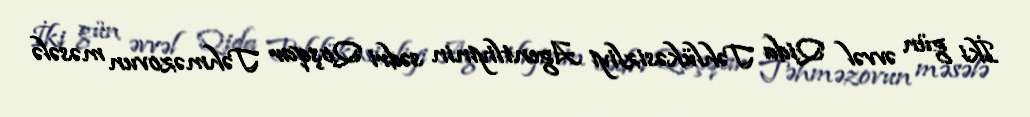
İki gün əvvəl Qida Təhlükəsizliyi Agentliyinin sədri Qoşqar Təhməzovun məsələ